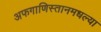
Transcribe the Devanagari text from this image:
अफगाणिस्तानमधल्या